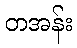
တအန်း